Seli_vallavalitsus_Parnumaal, lk 29
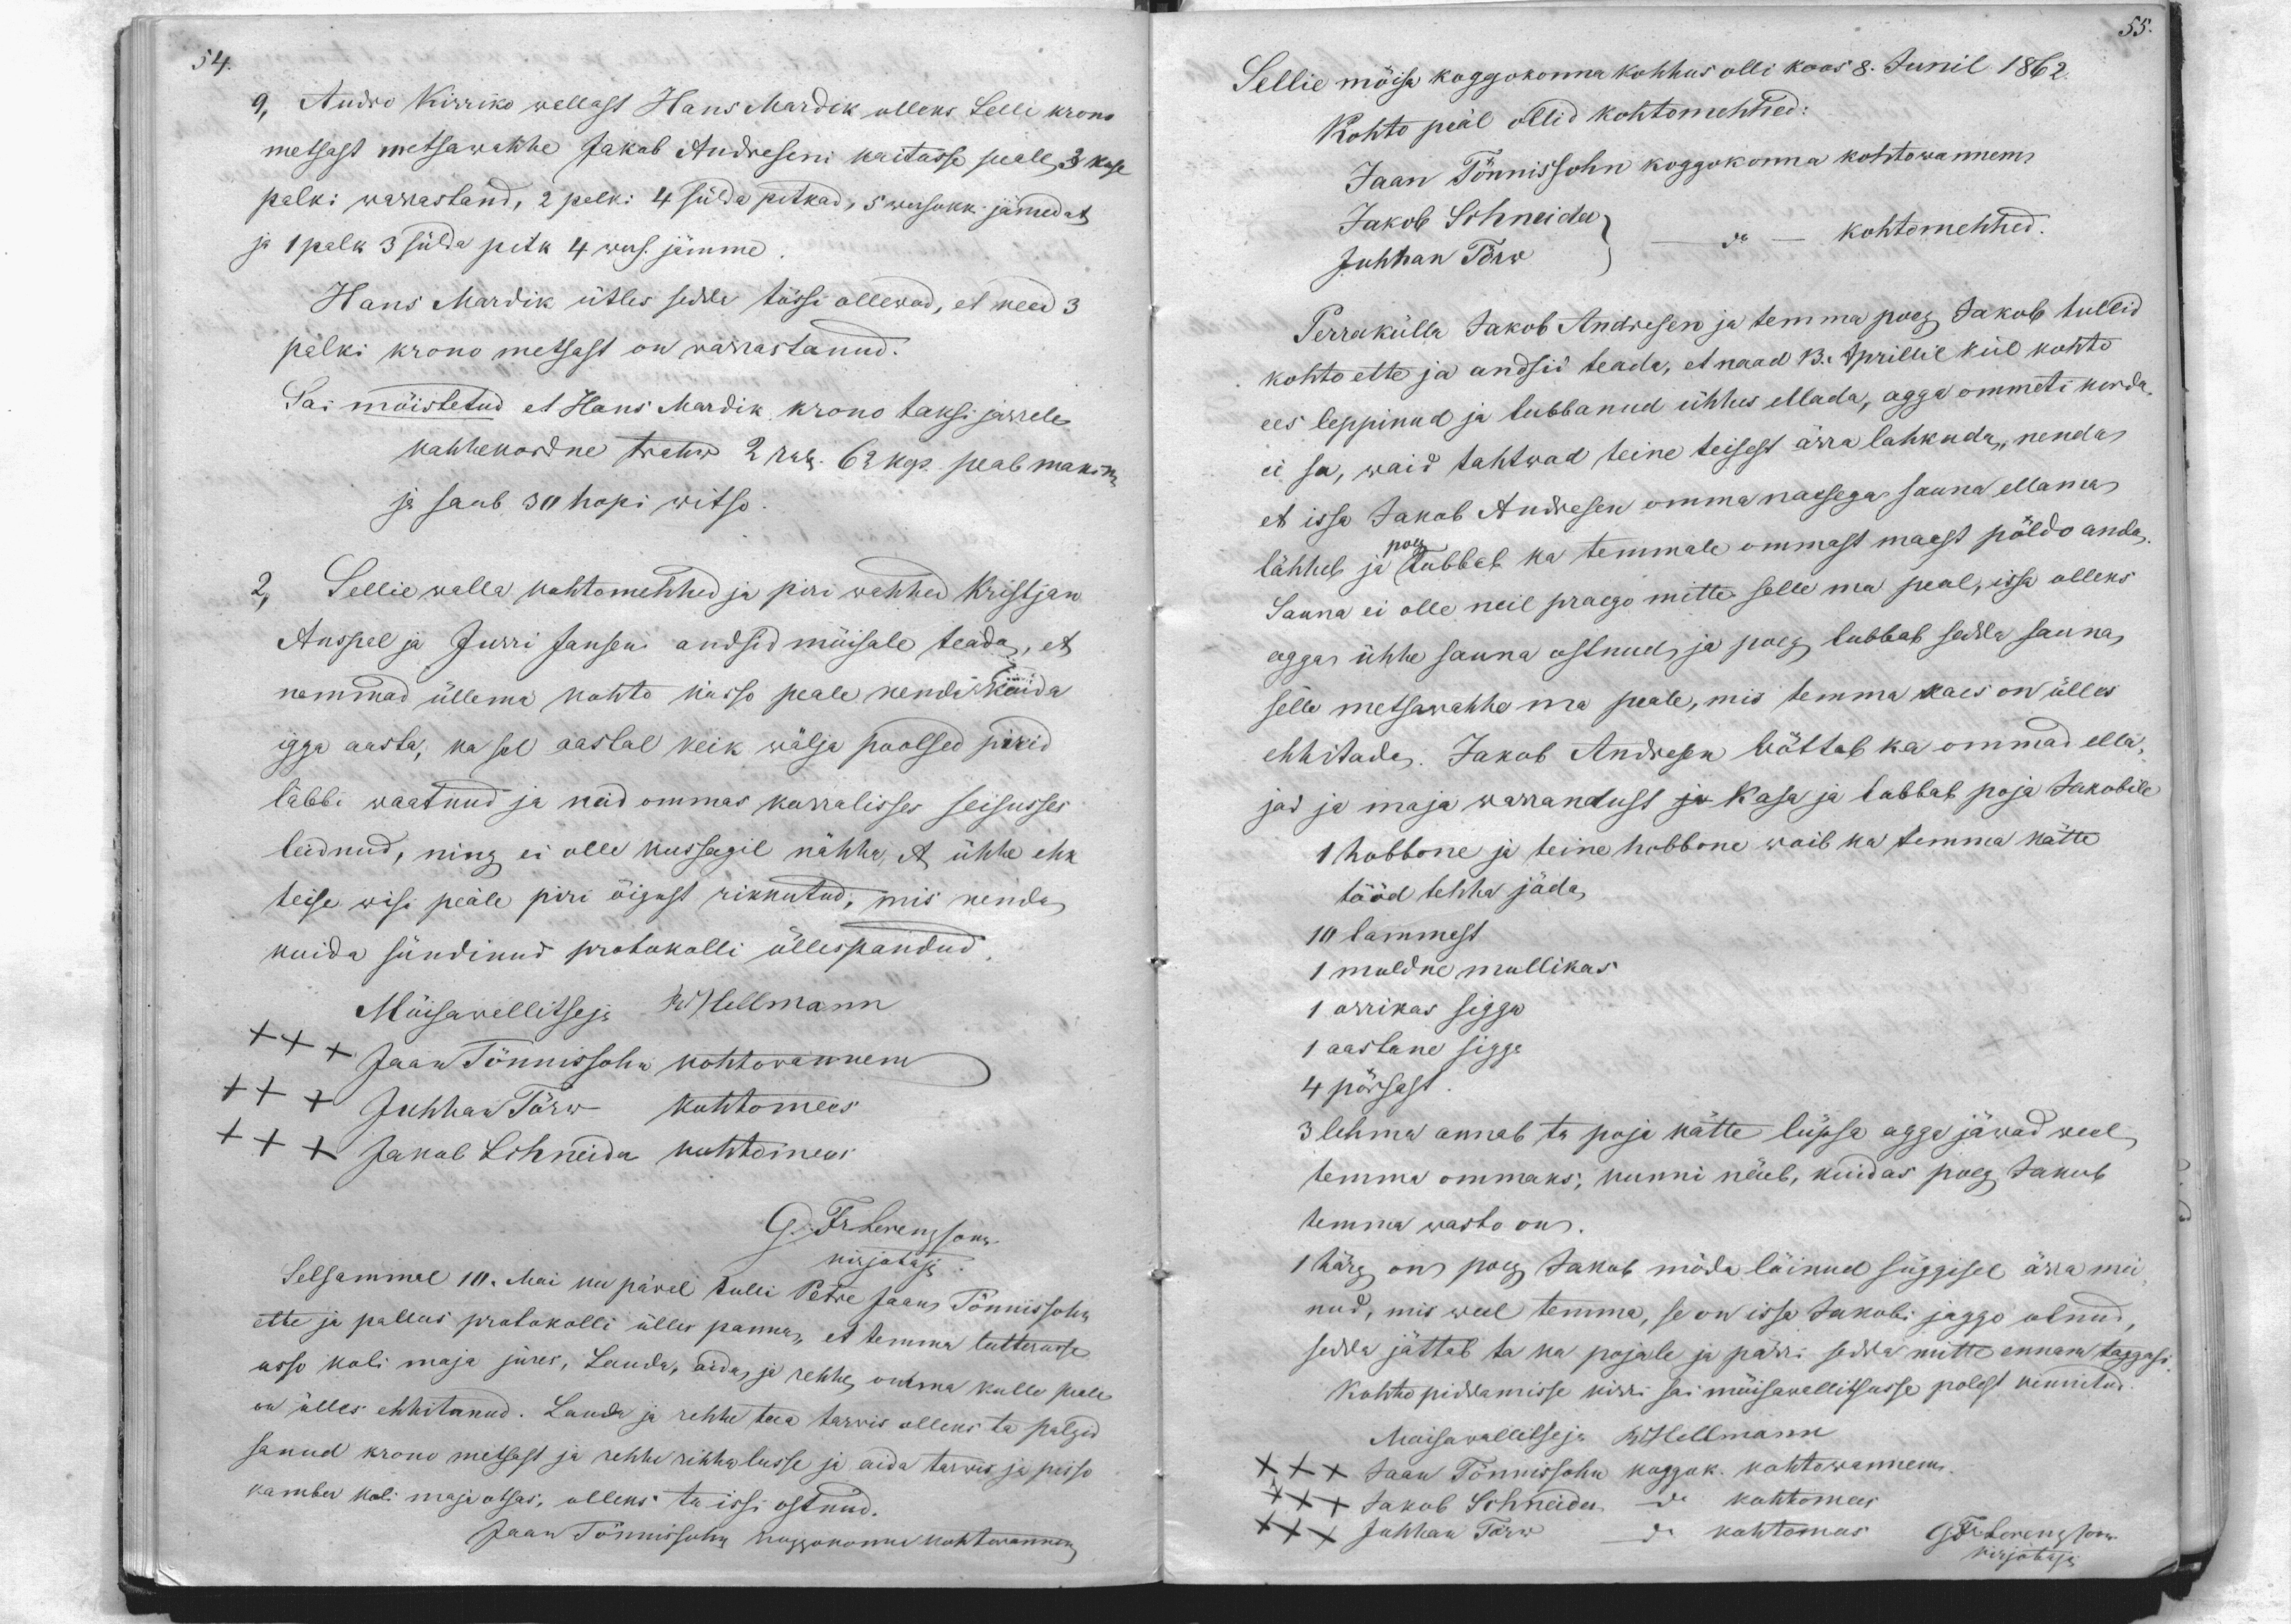
54.

9, Audro Kirriko wallast Hans Mardik olleks Sellie krono
metsast metsawahhe Jakob Andreseni kaitusse peale 3 kase
palki warrastand, 2 palki 4 sülda pitkad, 5 wersokki jämedat
ja 1 palk 3 sülda pitk 4 wers. jämme
Hans Mardik ütles sedda tössi ollewad, et need 3
palki krono metsast on warrastanud.
Sai möistetud et Hans Mardik krono taksi järrele
kahhekordne trahw 2 rub. 62 kop. peab maksma
ja saab 30 hopi witso
2, Sellie walla kohtomehhed ja piri wahhed Kristjan
Anspel ja Jurri Jansen andsid möisale teada, et
nemmad üllema kohto kässo peale nende kuida
igga aasta, ka sel aastal keik wälja poolsed piirid
läbbi waatnud ja neid ommas korralisses seisusses
leidnud, ning ei olle kussagil nähha, et ühhe ehk
teise wisi peäle piri öigust rikkutud, mis nenda
kuida sündinud protokolli üllespandud
Möisawallitseja R. Hellmann
XXX  Jaan Tönnissohn kohtowannem
XXX Juhhan Törw kohtomees
XXX Jakob Schneider kohtomees
G. Fr. Lorenzsonn
Selsammal 10. Mai ku päwal tulli Petre Jaan Tönnissohn
kirjotaja
ette ja pallus protokolli ülles panna, et temma lutterusse
usso koli maja jures, Lauda, aida ja rehhe omma kullo peale
on ülles ehhitanud. Lauda ja rehhe toa tarwis olleks ta palgid
sanud krono metsast ja rehhe rehhalusse ja aida tarwis ja pesso
kamber koli maja otsas, olleks ta issi ostnud.
Jaan Tönnissohn koggokonna kohtwannem

55.
Sellie möisa koggokonna kohhus olli koos 8. Junil 1862.
Kohto peäl ollid kohtomehhed:
Jaan Tönnissohn koggokonna kohtowannem
Jakob Schneider
Juhhan Törw
do kohtomehhed
Perrakülla Jakob Andresen ja temma poeg Jakob tullid
kohto ette ja andsid teada, et naad 13. Aprillil kül kohto
ees leppinud ja lubbanud ühhes ellada, agga ommeti korda
ei sa, waid tahtwad teine teisest ärra lahkuda, nenda
et issa Jakob Andresen omma naesega sauna ellama
lähheb ja poeg lubbab ka temmale ommast maast pöldo anda.
Sauna ei olle neil praego mitte selle ma peal, issa olleks
agga ühhe sauna ostnud, ja poeg lubbab sedda sauna,
selle metsawahhe ma peale, mis temma kaes on ülles
ehhitada. Jakob Andresen wöttab ka ommad ella-
jad ja maja warrandust ja kasa ja lubbab poja Jakobile
1 hobbone ja teine hobbone woib ka temma kätte.
tööd tehha jäda
10 lammast
1 muldne mullikas.
1 orrikas sigga
1 aastane sigga
4 pörsast
3 lehma annab ta poja kätte lüpsa agga jäwad weel,
temma ommaks, kunni näeb, kuidas poeg Jakob
temma wasto on.
1 härg on poeg Jakob möda läinud süggisel ärra mü-
nud, mis weel temma, se on issa Jakobi jaggo olnud
sedda jättab ta ka pojale ja pärri sedda mitte ennam taggasi
Kohto piddamisse kirri sai möisawallitsusse polest kinnitud.
Möisawallitseja RHellmann
XXX Jaan Tönnissohn koggok. kohtowannem.
XXX Juhhan Törw do kohtomees
XXX Jakob Schneider do kohtomees
G. Fr. Lerenzson
kirjotaja